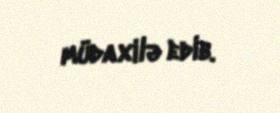
müdaxilə edib.